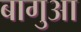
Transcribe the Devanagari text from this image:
बागुआ